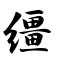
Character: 缰